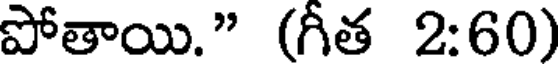
పోతాయి." (గీత 2:60)